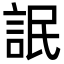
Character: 䛉